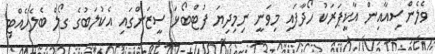
ވެލެންސިއާއިން އާކީޕަރަކު ހޯދާފައި މިވަނީ ނިމިދިޔަ ފުޓްބޯޅަ ސީޒަންގައި އެކުލަބުގެ ގޯލް ބެލެހެއްޓި